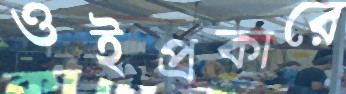
ওইপ্রকারে